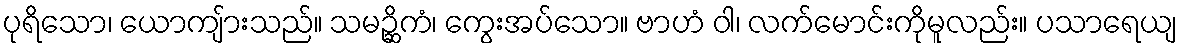
ပုရိသော၊ ယောကျ်ားသည်။ သမဉ္ဆိကံ၊ ကွေးအပ်သော။ ဗာဟံ ဝါ၊ လက်မောင်းကိုမူလည်း။ ပသာရေယျ